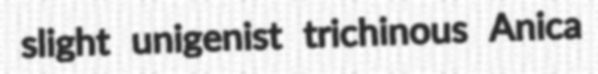
slight unigenist trichinous Anica